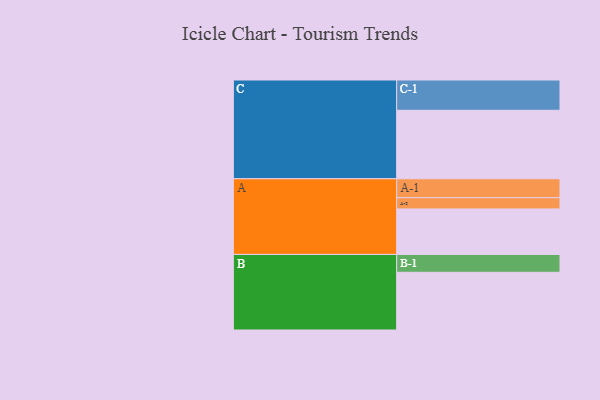
{"axis": {"x": "Segment", "y": "Value"}, "legend": ["", "A", "B", "C"], "data": [{"x": "A", "y": 380, "type": ""}, {"x": "B", "y": 482, "type": ""}, {"x": "C", "y": 572, "type": ""}, {"x": "A-1", "y": 158, "type": "A"}, {"x": "A-2", "y": 94, "type": "A"}, {"x": "B-1", "y": 149, "type": "B"}, {"x": "C-1", "y": 253, "type": "C"}]}